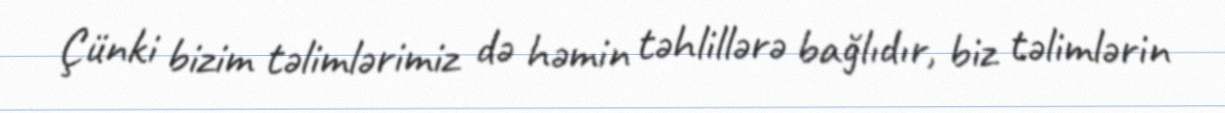
Çünki bizim təlimlərimiz də həmin təhlillərə bağlıdır, biz təlimlərin